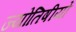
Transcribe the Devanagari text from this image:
ज्योतिषीयों